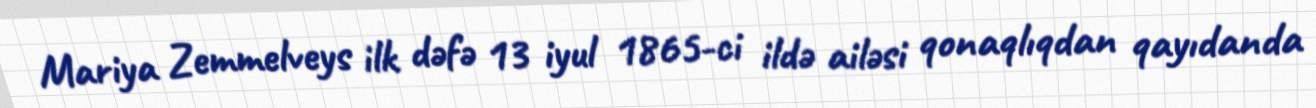
Mariya Zemmelveys ilk dəfə 13 iyul 1865-ci ildə ailəsi qonaqlıqdan qayıdanda